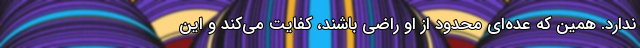
ندارد. همین که عده‌ای محدود از او راضی باشند، کفایت می‌کند و این